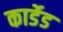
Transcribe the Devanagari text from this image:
कार्डेड